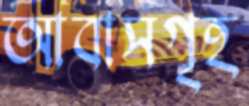
আবাসগৃহ